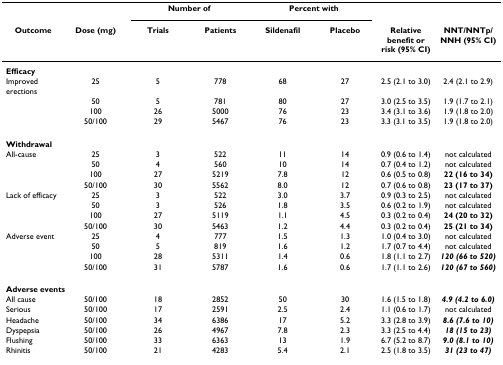
<table><thead><tr><td></td><td></td><td colspan="2"><b>Number of</b></td><td colspan="2"><b>Percent with</b></td><td></td><td></td></tr><tr><td><b>Outcome</b></td><td><b>Dose (mg)</b></td><td><b>Trials</b></td><td><b>Patients</b></td><td><b>Sildenafil</b></td><td><b>Placebo</b></td><td><b>Relative benefit or risk (95% CI)</b></td><td><b>NNT/NNTp/NNH (95% CI)</b></td></tr></thead><tbody><tr><td colspan="8"><b>Efficacy</b></td></tr><tr><td>Improved erections</td><td>25</td><td>5</td><td>778</td><td>68</td><td>27</td><td>2.5 (2.1 to 3.0)</td><td>2.4 (2.1 to 2.9)</td></tr><tr><td></td><td>50</td><td>5</td><td>781</td><td>80</td><td>27</td><td>3.0 (2.5 to 3.5)</td><td>1.9 (1.7 to 2.1)</td></tr><tr><td></td><td>100</td><td>26</td><td>5000</td><td>76</td><td>23</td><td>3.4 (3.1 to 3.6)</td><td>1.9 (1.8 to 2.0)</td></tr><tr><td></td><td>50/100</td><td>29</td><td>5467</td><td>76</td><td>23</td><td>3.3 (3.1 to 3.5)</td><td>1.9 (1.8 to 2.0)</td></tr><tr><td colspan="8"><b>Withdrawal</b></td></tr><tr><td>All-cause</td><td>25</td><td>3</td><td>522</td><td>11</td><td>14</td><td>0.9 (0.6 to 1.4)</td><td>not calculated</td></tr><tr><td></td><td>50</td><td>4</td><td>560</td><td>10</td><td>14</td><td>0.7 (0.4 to 1.2)</td><td>not calculated</td></tr><tr><td></td><td>100</td><td>27</td><td>5219</td><td>7.8</td><td>12</td><td>0.6 (0.5 to 0.8)</td><td><b>22 (16 to 34)</b></td></tr><tr><td></td><td>50/100</td><td>30</td><td>5562</td><td>8.0</td><td>12</td><td>0.7 (0.6 to 0.8)</td><td><b>23 (17 to 37)</b></td></tr><tr><td>Lack of efficacy</td><td>25</td><td>3</td><td>522</td><td>3.0</td><td>3.7</td><td>0.9 (0.3 to 2.5)</td><td>not calculated</td></tr><tr><td></td><td>50</td><td>3</td><td>526</td><td>1.8</td><td>3.5</td><td>0.6 (0.2 to 1.9)</td><td>not calculated</td></tr><tr><td></td><td>100</td><td>27</td><td>5119</td><td>1.1</td><td>4.5</td><td>0.3 (0.2 to 0.4)</td><td><b>24 (20 to 32)</b></td></tr><tr><td></td><td>50/100</td><td>30</td><td>5463</td><td>1.2</td><td>4.4</td><td>0.3 (0.2 to 0.4)</td><td><b>25 (21 to 34)</b></td></tr><tr><td>Adverse event</td><td>25</td><td>4</td><td>777</td><td>1.5</td><td>1.3</td><td>1.0 (0.4 to 3.0)</td><td>not calculated</td></tr><tr><td></td><td>50</td><td>5</td><td>819</td><td>1.6</td><td>1.2</td><td>1.7 (0.7 to 4.4)</td><td>not calculated</td></tr><tr><td></td><td>100</td><td>28</td><td>5311</td><td>1.4</td><td>0.6</td><td>1.8 (1.1 to 2.7)</td><td><b><i>120 (66 to 520)</i></b></td></tr><tr><td></td><td>50/100</td><td>31</td><td>5787</td><td>1.6</td><td>0.6</td><td>1.7 (1.1 to 2.6)</td><td><b><i>120 (67 to 560)</i></b></td></tr><tr><td colspan="8"><b>Adverse events</b></td></tr><tr><td>All cause</td><td>50/100</td><td>18</td><td>2852</td><td>50</td><td>30</td><td>1.6 (1.5 to 1.8)</td><td><b><i>4.9 (4.2 to 6.0)</i></b></td></tr><tr><td>Serious</td><td>50/100</td><td>17</td><td>2591</td><td>2.5</td><td>2.4</td><td>1.1 (0.6 to 1.7)</td><td>not calculated</td></tr><tr><td>Headache</td><td>50/100</td><td>34</td><td>6386</td><td>17</td><td>5.2</td><td>3.3 (2.8 to 3.9)</td><td><b><i>8.6 (7.6 to 10)</i></b></td></tr><tr><td>Dyspepsia</td><td>50/100</td><td>26</td><td>4967</td><td>7.8</td><td>2.3</td><td>3.3 (2.5 to 4.4)</td><td><b><i>18 (15 to 23)</i></b></td></tr><tr><td>Flushing</td><td>50/100</td><td>33</td><td>6363</td><td>13</td><td>1.9</td><td>6.7 (5.2 to 8.7)</td><td><b><i>9.0 (8.1 to 10)</i></b></td></tr><tr><td>Rhinitis</td><td>50/100</td><td>21</td><td>4283</td><td>5.4</td><td>2.1</td><td>2.5 (1.8 to 3.5)</td><td><b><i>31 (23 to 47)</i></b></td></tr></tbody></table>